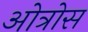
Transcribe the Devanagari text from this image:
ओत्रोस